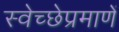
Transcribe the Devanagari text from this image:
स्वेच्छेप्रमाणें